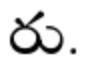
రు.